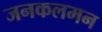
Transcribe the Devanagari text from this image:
जनकलमन